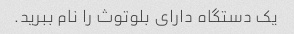
یک دستگاه دارای بلوتوث را نام ببرید.